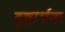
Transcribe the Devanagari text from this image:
दृष्टार्थक